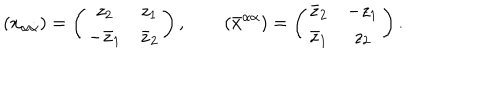
( x _ { \alpha \dot { \alpha } } ) = \left( \begin{array} { c c } { { z _ { 2 } } } & { { z _ { 1 } } } \\ { { - \bar { z } _ { 1 } } } & { { \bar { z } _ { 2 } } } \\ \end{array} \right) , \qquad ( \bar { x } ^ { \dot { \alpha } \alpha } ) = \left( \begin{array} { c c } { { \bar { z } _ { 2 } } } & { { - z _ { 1 } } } \\ { { \bar { z } _ { 1 } } } & { { z _ { 2 } } } \\ \end{array} \right) .